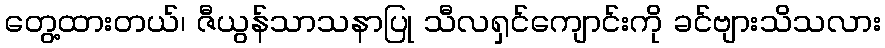
တွေ့ထားတယ်၊ ဇီယွန်သာသနာပြု သီလရှင်ကျောင်းကို ခင်ဗျားသိသလား